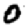
Digit: 0